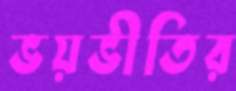
ভয়ভীতির